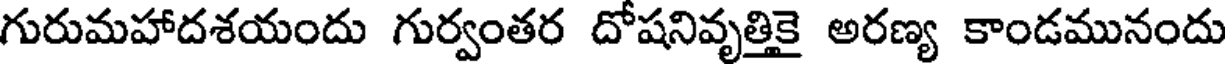
గురుమహాదశయందు గుర్వంతర దోషనివృత్తికై అరణ్య కాండమునందు